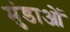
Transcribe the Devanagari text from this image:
मुंडाओं